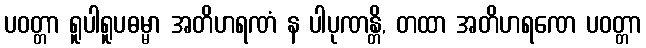
ပဝတ္တာ ရူပါရူပဓမ္မာ အတိဟရဏံ န ပါပုဏန္တိ, တထာ အတိဟရဏေ ပဝတ္တာ